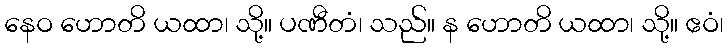
နေဝ ဟောတိ ယထာ၊ သို့။ ပဏီတံ၊ သည်။ န ဟောတိ ယထာ၊ သို့။ ဧဝံ၊